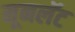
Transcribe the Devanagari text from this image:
मूनलॅट